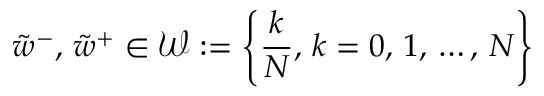
\tilde { w } ^ { - } , \, \tilde { w } ^ { + } \in \mathcal { W } : = \left\{ \frac { k } { N } , \, k = 0 , \, 1 , \, \dots , \, N \right\}